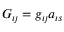
G _ { \imath \jmath } = g _ { \imath \jmath } a _ { \imath s }